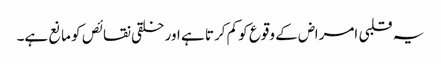
یہ قلبی امراض کے وقوع کو کم کرتا ہے اور خلقی نقائص کو مانع ہے۔